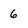
Character: 6